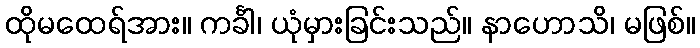
ထိုမထေရ်အား။ ကင်္ခါ၊ ယုံမှားခြင်းသည်။ နာဟောသိ၊ မဖြစ်။